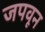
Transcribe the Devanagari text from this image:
जपवून